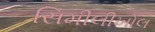
સિમીલીખોલ